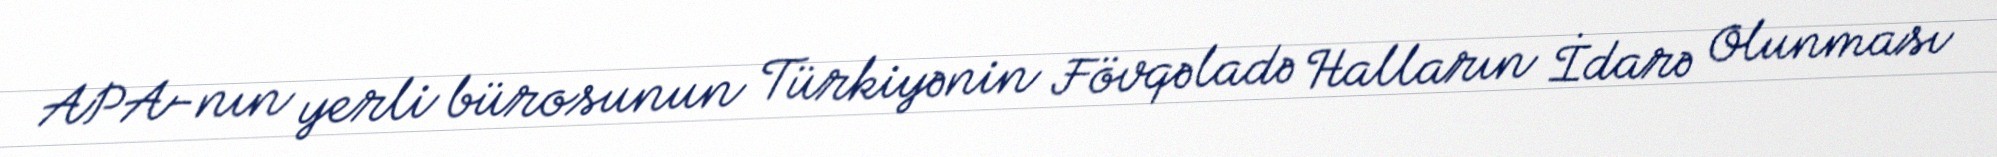
APA-nın yerli bürosunun Türkiyənin Fövqəladə Halların İdarə Olunması